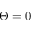
\Theta = 0